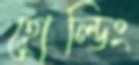
হোল্ডিং